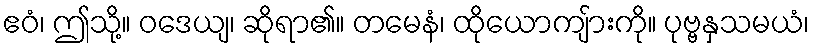
ဧဝံ၊ ဤသို့။ ဝဒေယျ၊ ဆိုရာ၏။ တမေနံ၊ ထိုယောကျ်ားကို။ ပုဗ္ဗနှသမယံ၊